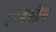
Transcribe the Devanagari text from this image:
होबसोन